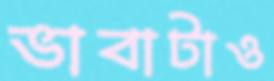
ভাবাটাও